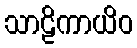
သာဠိကာယိဝ